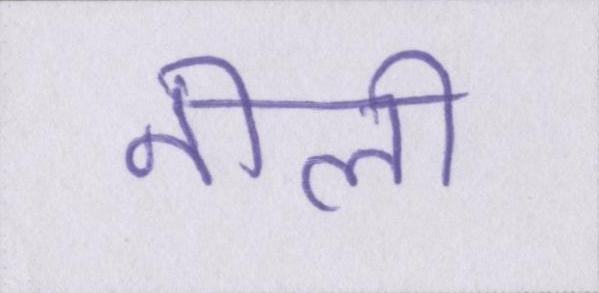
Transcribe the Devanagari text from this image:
नीली